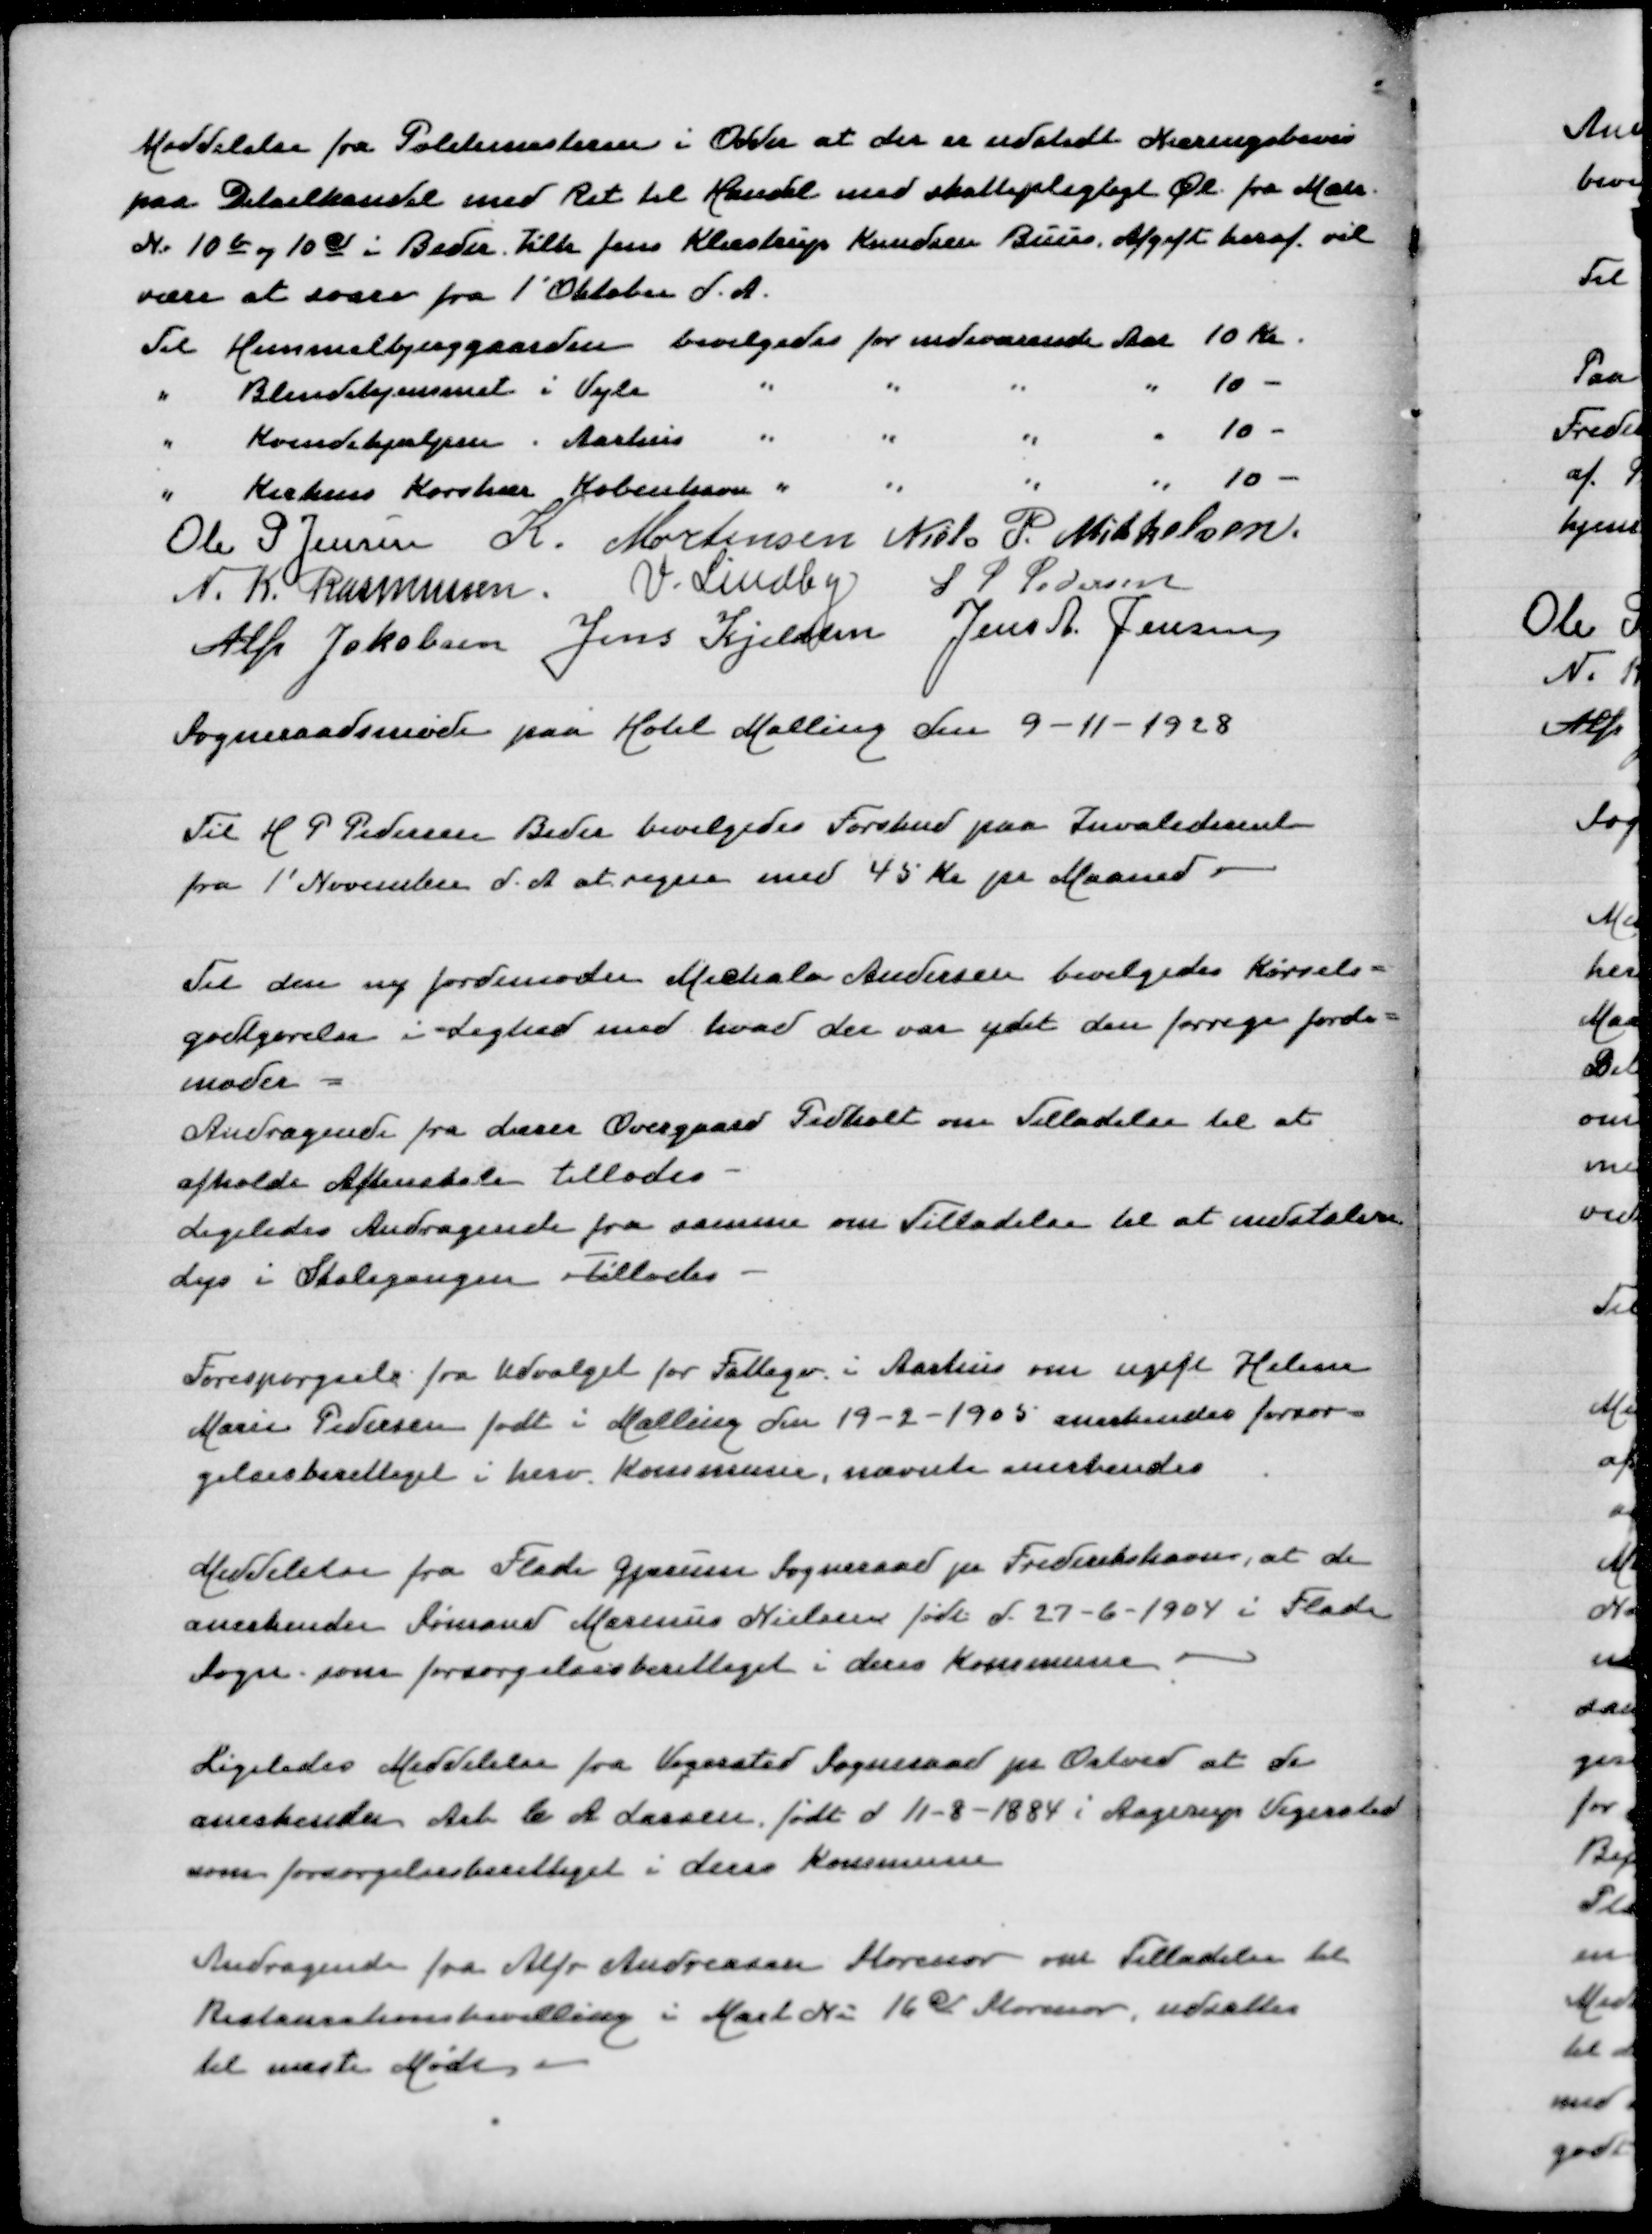
Transskription:
Meddelelse fra Politimesteren i Odder at der er udstedt Næringsbevis
paa Detailhandel med Ret til Handel med skattepligtig Øl fra Matr
Nr 10b 0g 10c i Beder Tilh Jens Klæstrup Knudsen Buus. Afgift heraf vil
være at svare fra 1' Oktober d A
Til Himmelbjerggaarden bevilgedes for indeværende Aar 10 Kr
" Blindehjemmet i Vejle " " " " 10 -
" Kvindehjælpen i Aarhus " " " " 10 -
" Kirkens Korshær København " " " " 10 -
Ole P Jensen
K Mortensen
Niels P Mikkelsen
N K Rasmussen
V Lindby
S P Pedersen
Alfr Jakobsen
Jens Kjeldsen
Jens A Jensen
Sogneraadsmøde paa Hotel Malling den 9-11-1928

Til H P Pedersen Beder bevilgedes Forskud paa Invaliderente
fra 1' November d A at regne med 45 Kr pr Maaned

Til den ny Jordemoder Michala Andersen bevilgedes Kørsels=
godtgørelse i Lighed med hvad der var ydet den forrige Jorde=
moder
Andragende fra Lærer Overgaard Pedholt om Tilladelse til at
Aftyenskole tillodes
Ligeledes Andragende fra samme om Tilladelse til at indstalere
Lys i Skolegangen Tillodes

Forespørgsel fra Udvalget for Fattige i Aarhus om ugift Helene
Marie Pedersen født i Malling den 19-2-1905 anerkendes forsør=
gelsesberettiget i herv Kommune, nævnte anerkendes

Meddelelse fra Flade Gjærum Sogneraad pr Frederikshavn, at de
anerkender Sømand Marinus Nielsen født d 27-6-1904 i Flade
Sogn som forsørgelsesberettiget i deres Kommune

Ligeledes Meddelelse fra Vigersted Sogneraad pr Ortved at de
anerkender Arb C A Larsen født d 11-8-1884 i Aagerup Vigersted
som forsørgelsesberettiget i deres Kommune

Andragende fra Alfr Andreasen Storenor om Tilladelse til
Restaurationsbevilling i Matr Nr 16c Storenor, udsattes
til næste Møde